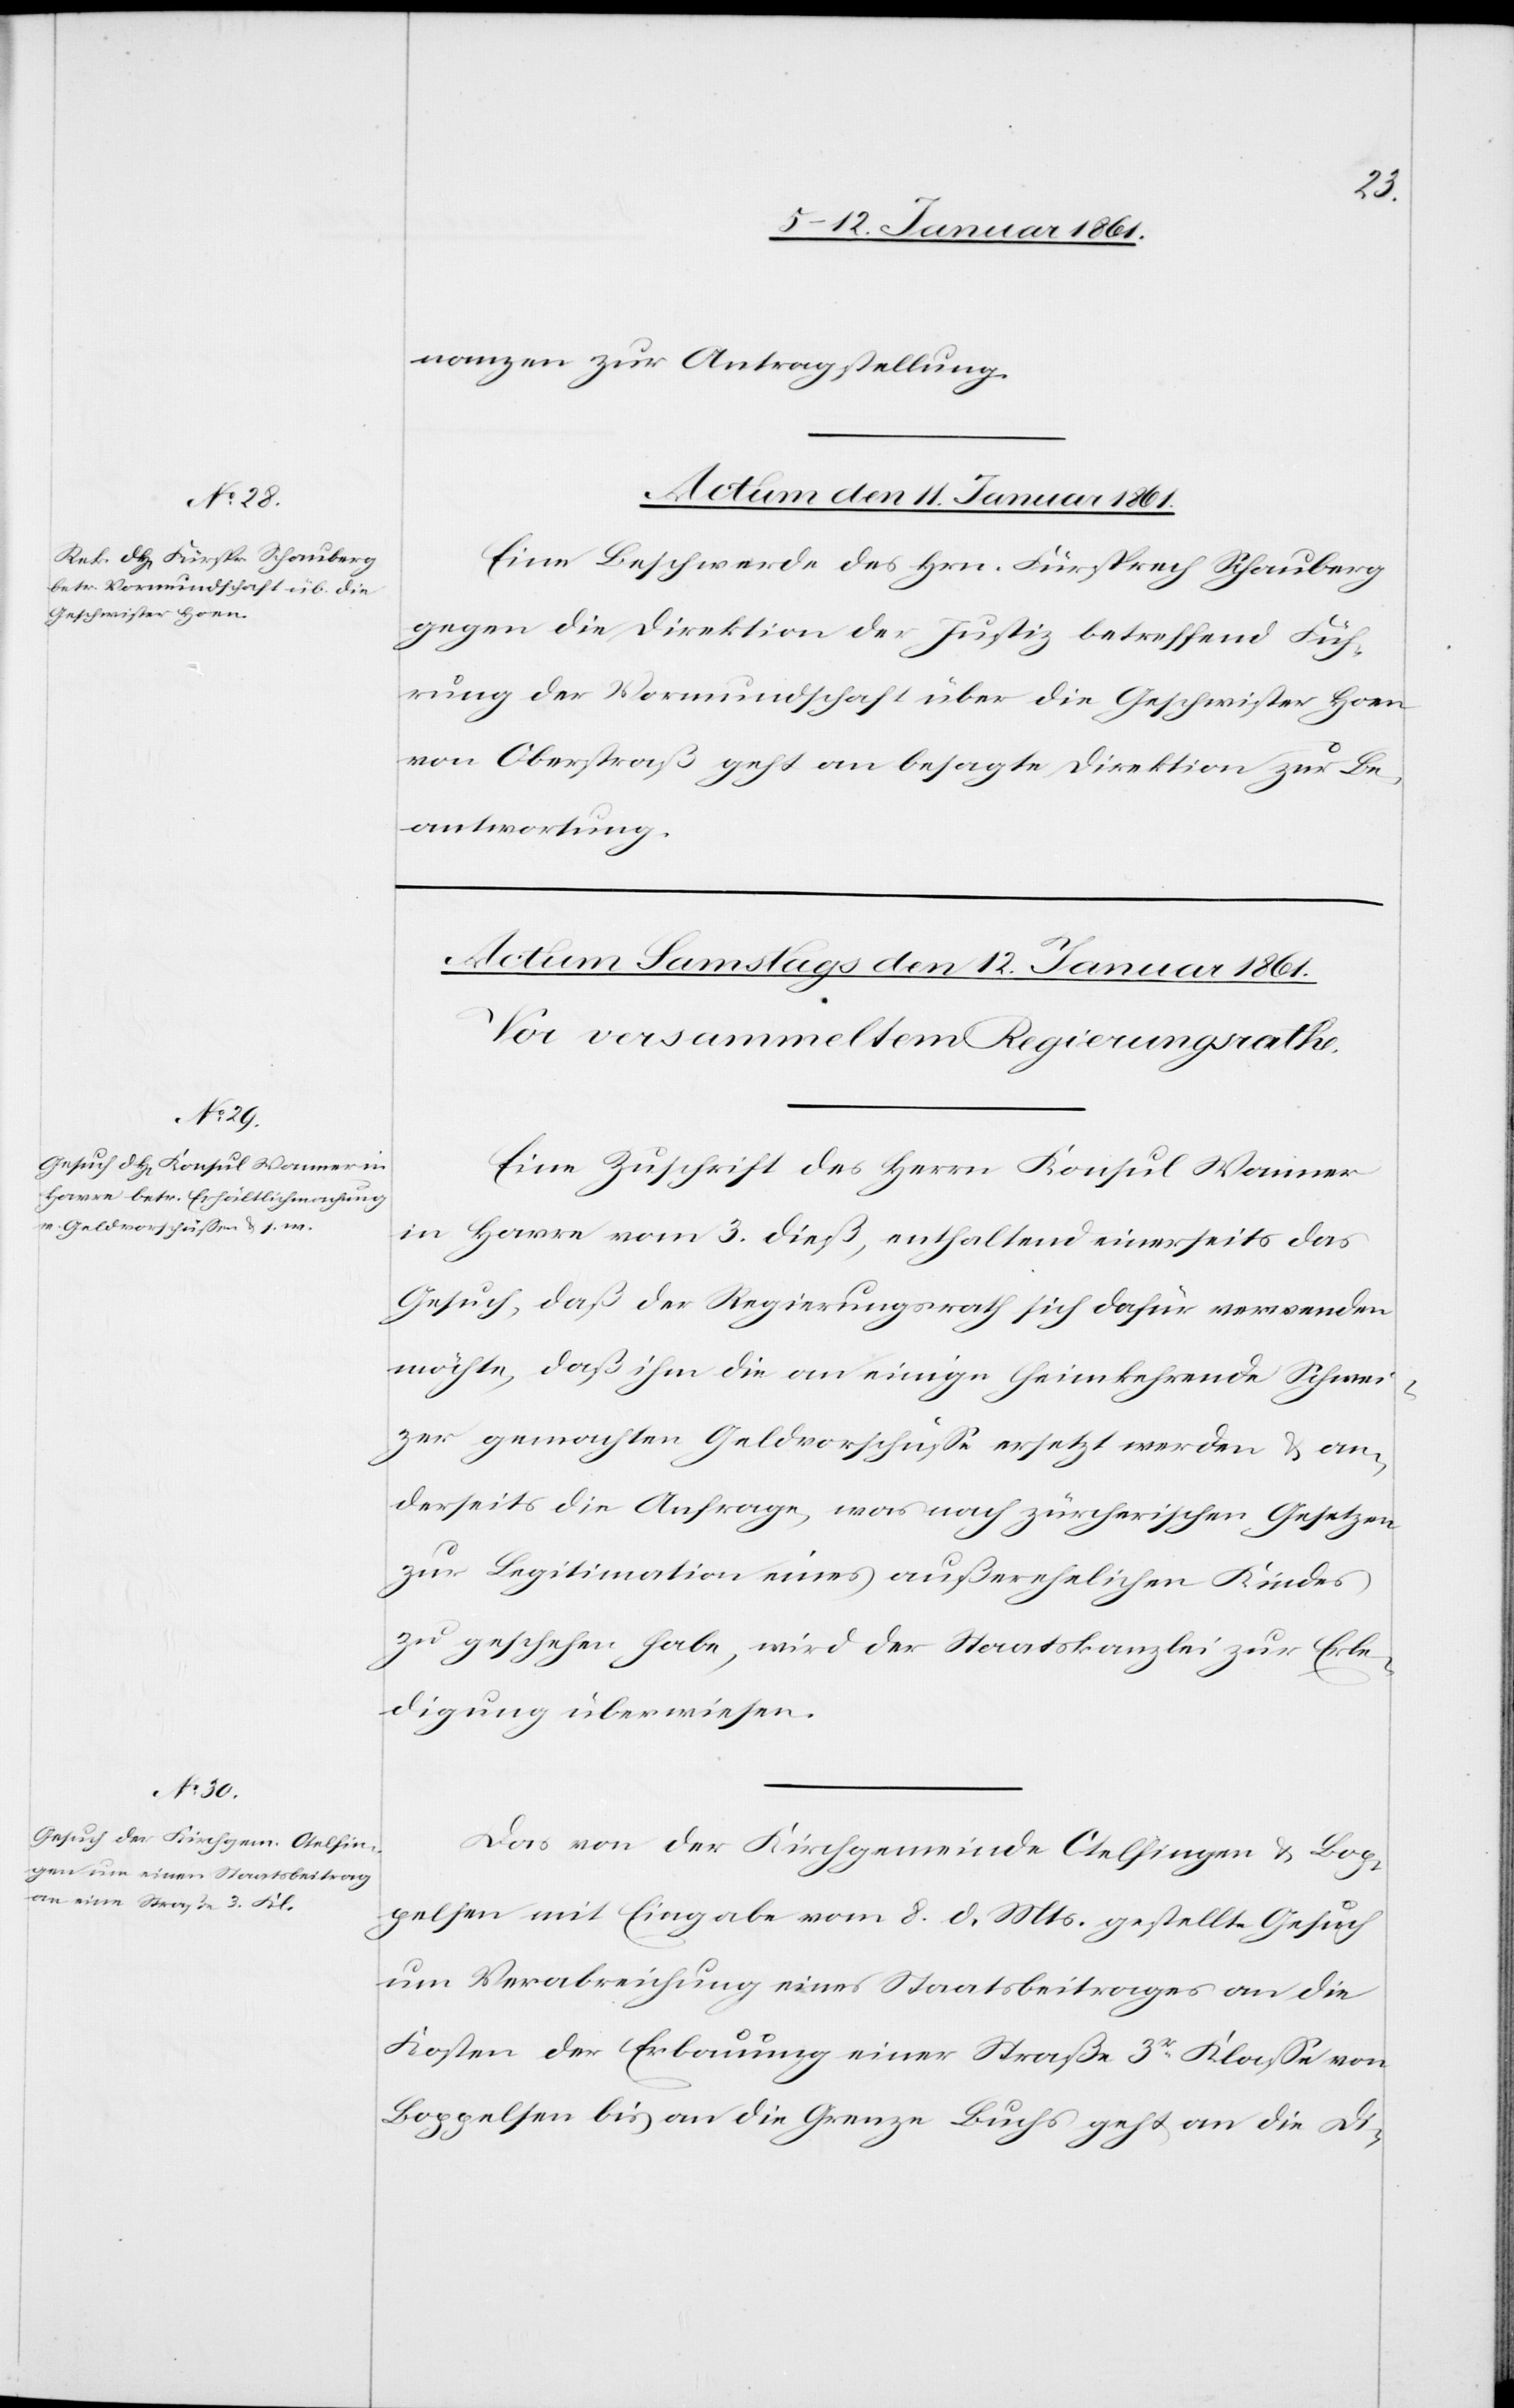
nanzen zur Antragstellung.
Actum den 11. Januar 1861.
Eine Beschwerde des Hrn. Fürsprech Schauberg
gegen die Direktion der Justiz betreffend Füh¬
rung der Vormundschaft über die Geschwister Hoen
von Oberstraß geht an besagte Direktion zur Be¬
antwortung.
Eine Zuschrift des Herrn Konsul Wanner
in Havre vom 3. dieß, enthaltend einerseits das
Gesuch, daß der Regierungsrath sich dafür verwenden
möchte, daß ihm die an einige heimkehrende Schwei¬
zer gemachten Geldvorschüsse ersetzt werden u. an¬
derseits die Anfrage, was nach zürcherischen Gesetzen
zur Legitimation eines außerehelichen Kindes
zu geschehen habe, wird der Staatskanzlei zur Erle¬
digung überwiesen.
Das von der Kirchgemeinde Otelfingen u. Bop¬
pelsen mit Eingabe vom 8. d. Mts. gestellte Gesuch
um Verabreichung eines Staatsbeitrages an die
Kosten der Erbauung einer Straße 3r Klasse von
Boppelsen bis an die Grenze Buchs geht an die Di-